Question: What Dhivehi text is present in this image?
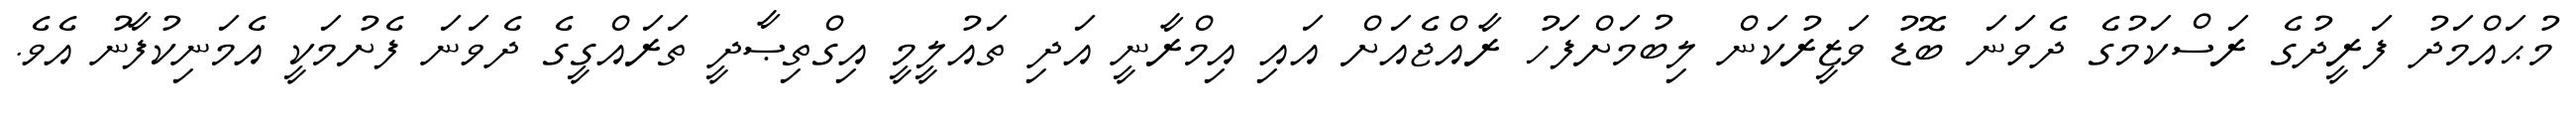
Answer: މުޙައްމަދު ފަރީދުގެ ރަސްކަމުގެ ދެވަނަ ބޮޑު ވަޒީރުކަން ލިބުމަށްފަހު ރާއްޖެއަށް އައި އިމްރާނީ އަދި ތައުލީމީ އިގްތިޞާދީ ތަރައްގީގެ ދެވަނަ ފެށުމަކީ އެމަނިކުފާނު އެވެ.